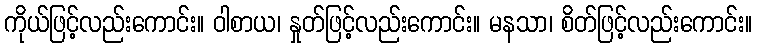
ကိုယ်ဖြင့်လည်းကောင်း။ ဝါစာယ၊ နှုတ်ဖြင့်လည်းကောင်း။ မနသာ၊ စိတ်ဖြင့်လည်းကောင်း။